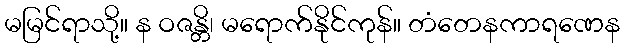
မမြင်ရာသို့။ န ဝဇန္တိ၊ မရောက်နိုင်ကုန်။ တံတေနကာရဏေန